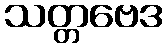
သတ္တဗေဒ